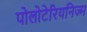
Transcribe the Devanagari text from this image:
पोलोटेरियनिज्म